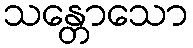
သန္တောသော